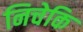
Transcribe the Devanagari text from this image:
निचेकि